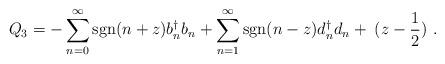
LaTeX: \begin{align*}Q_3 = -\sum_{n=0}^{\infty} {\rm{sgn}}(n+z) b^\dagger _n b_n + \sum_{n=1}^{\infty} {\rm{sgn}}(n-z) d^\dagger _n d_n +\;(z -{1\over 2}) \ .\end{align*}